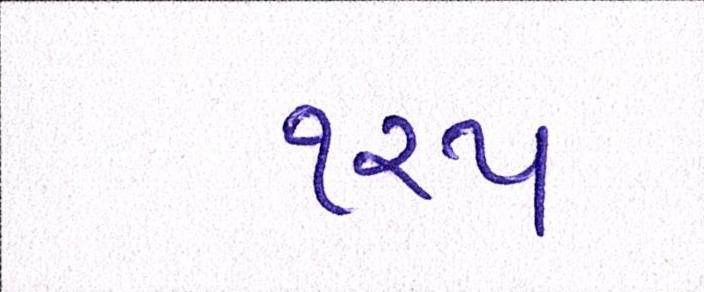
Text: ૧૨૫